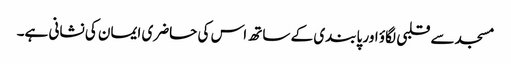
مسجد سے قلبی لگاؤ اور پابندی کے ساتھ اس کی حاضری ایمان کی نشانی ہے۔